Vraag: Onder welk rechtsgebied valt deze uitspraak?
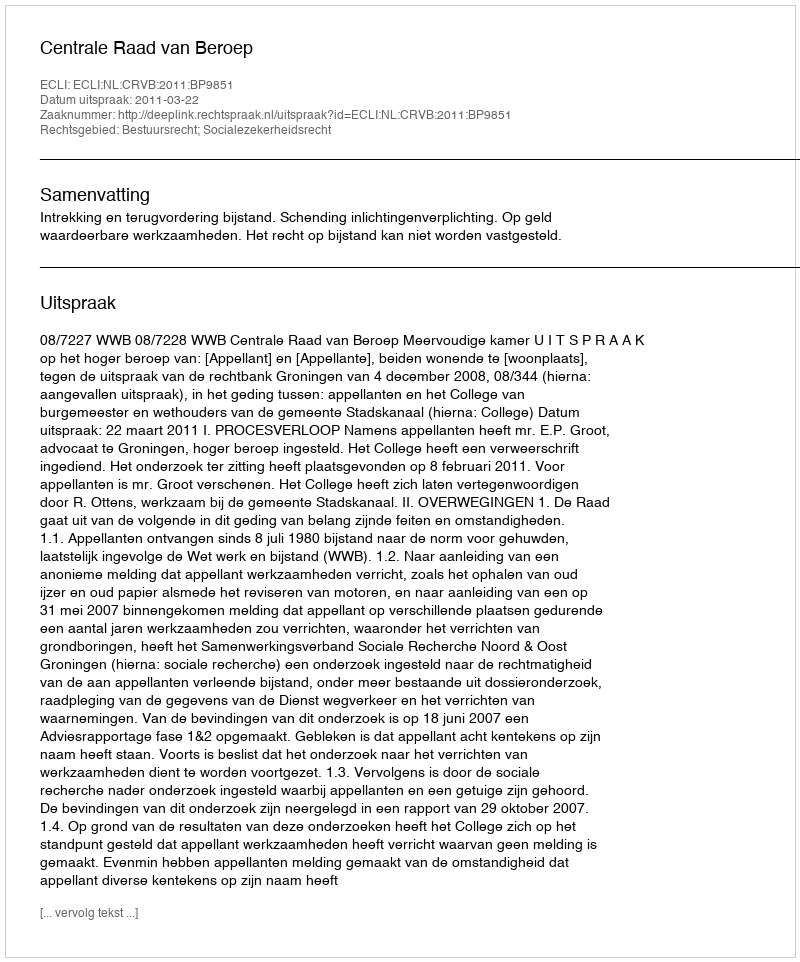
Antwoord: Bestuursrecht; Socialezekerheidsrecht